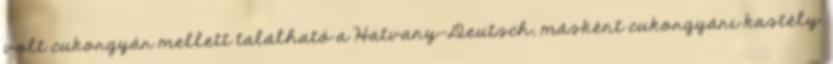
volt cukorgyár mellett található a Hatvany-Deutsch, másként cukorgyári kastély.